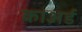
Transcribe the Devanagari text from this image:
काअर्ड